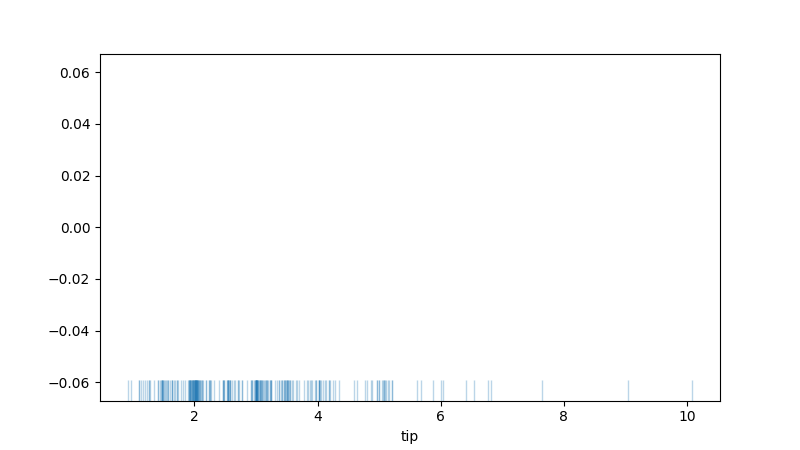
python, seaborn, rugplot, height=0.06, axis='x', alpha=0.3